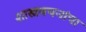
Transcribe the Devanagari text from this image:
शास्त्रवचनांचा